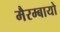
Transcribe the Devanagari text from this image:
मैरम्बायो